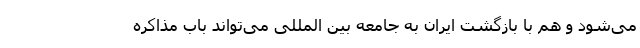
می‌شود و هم با بازگشت ایران به جامعه بین المللی می‌تواند باب مذاکره